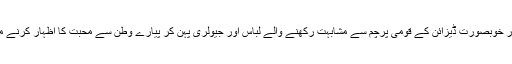
اس سلسلے میں خواتین کا کہنا ہے کہ ہم وطن عزیز کی آزادی کے موقع پر نت نئے اور خوبصورت ڈیزائن کے قومی پرچم سے مشابہت رکھنے والے لباس اور جیولری پہن کر پیارے وطن سے محبت کا اظہار کرنے میں کسی سے بھی پیچھے نہیں ہیں،اپنی آزادی کے دن کو بھرپور انداز میں منائیں گے۔